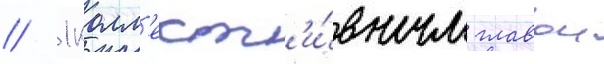
// 1 колл'ект'и́вным главои